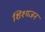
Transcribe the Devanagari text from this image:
शिश्यजन